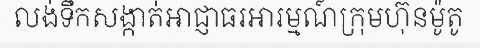
លង់ទឹកសង្កាត់អាជ្ញាធរអារម្មណ៍ក្រុមហ៊ុនម៉ូតូ